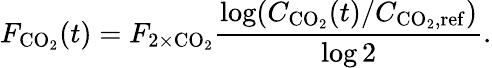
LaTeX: F_{\mathrm{CO}_{2}}(t)=F_{2\times\mathrm{CO}_{2}}\frac{\log(C_{\mathrm{CO}_{2}}(t)/C_{\mathrm{CO}_{2},\mathrm{ref}})}{\log 2}.